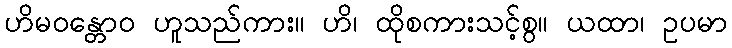
ဟိမဝန္တောဝ ဟူသည်ကား။ ဟိ၊ ထိုစကားသင့်စွ။ ယထာ၊ ဥပမာ